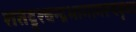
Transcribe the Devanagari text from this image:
शतद्रुश्चन्द्रभागामरूदवृधा